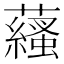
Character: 𧂩